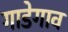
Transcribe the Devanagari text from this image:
गाडेगाव